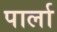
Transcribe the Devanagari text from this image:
पार्ला